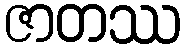
ဇာတဿ